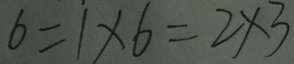
6 = 1 \times 6 = 2 \times 3